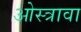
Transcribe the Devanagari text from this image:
ओस्त्रावा